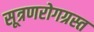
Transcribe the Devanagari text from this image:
सूत्रणरोगग्रस्त